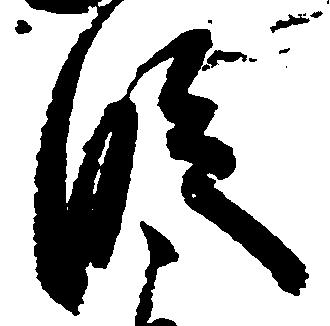
段